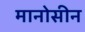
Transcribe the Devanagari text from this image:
मानोसीन